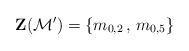
LaTeX: \begin{align*}\textbf{Z}(\mathcal{M}') = \{ m_{0,2} \, , \, m_{0,5} \}\end{align*}